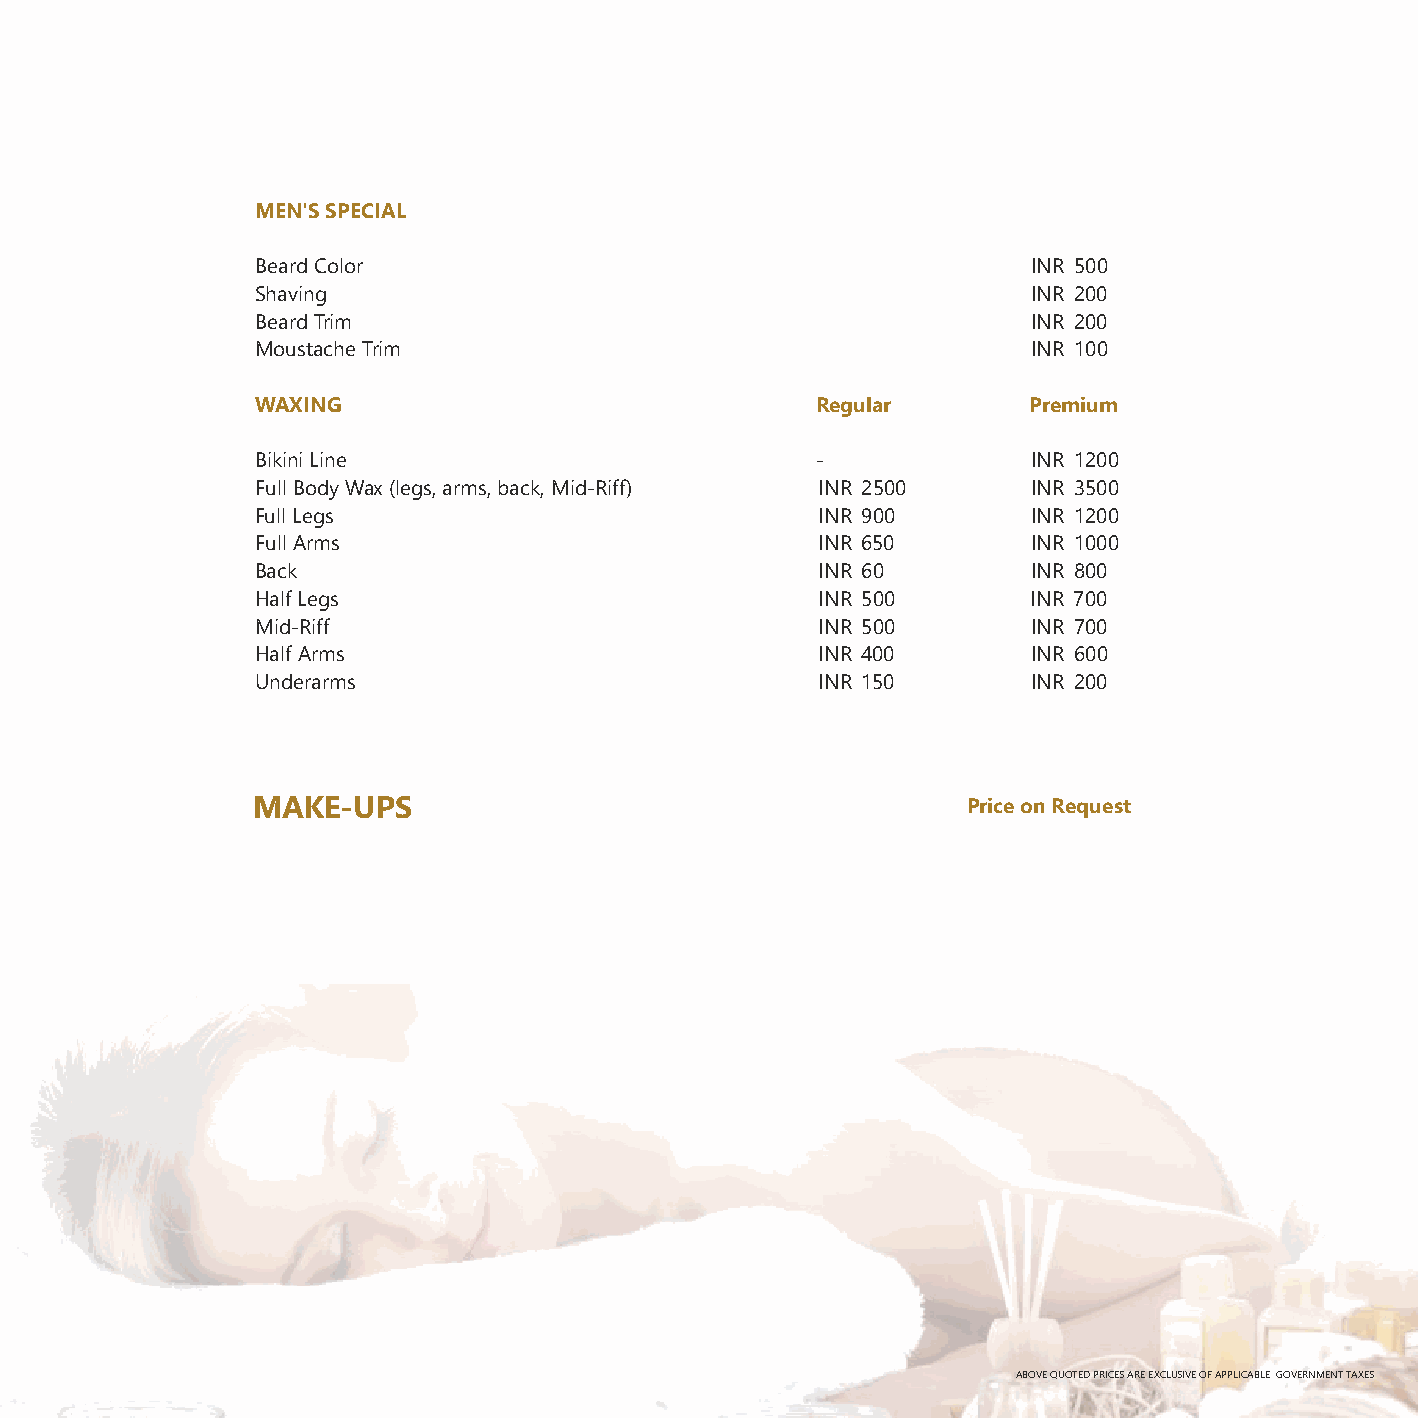
MEN'S SPECIAL
 Beard Color                                        INR 500
 Shaving                                            INR 200
 Beard Trim                                         INR 200
 Moustache Trim                                     INR 100
 WAXING                               Regular       Premium
 Bikini Line                          -             INR 1200
 Full Body Wax (legs, arms, back, Mid-Riff) INR 2500 INR 3500
 Full Legs                            INR 900       INR 1200
 Full Arms                            INR 650       INR 1000
 Back                                 INR 60        INR 800
 Half Legs                            INR 500       INR 700
 Mid-Riff                             INR 500       INR 700
 Half Arms                            INR 400       INR 600
 Underarms                            INR 150       INR 200
 MAKE-UPS                                       P r i ce on Request
 ABOVE QUOTED PRICES ARE EXCLUSIVE OF APPLICABLE GOVERNMENT TAXES